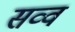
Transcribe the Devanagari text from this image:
सव्व